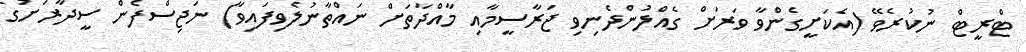
ޓްރީޓް ނުކުރެވޭ (އެކަށީގެންވާ ވަރަށް ގެއްލުންދެނިވި ޖަރާސީމާއި މާއްދާތަށް ނައްތާނުލެވިފައިވާ) ނަޖިސްފެން ސީދާރަށުގެ